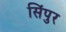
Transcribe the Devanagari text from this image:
सिंपुर